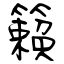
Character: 籟